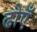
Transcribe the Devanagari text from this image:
ढोएँ